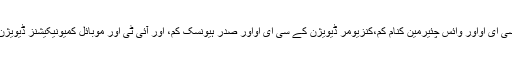
اس سنگ میل کی یاد منآنے کے لیے کمپنی کی ایگزیکٹیو ٹیم کے ممبران ڈیوائس سلوشنز ڈیویژن کے سی ای اواور وائس چئیرمین کنام کم،کنزیومر ڈیویژن کے سی ای اواور صدر ہیونسک کم، اور آئی ٹی اور موبائل کمیونیکیشنز ڈیویژن کے سی ای او اور صدر ڈونگ جن کوہ کے ساتھ کمپنی کے 400ملازمین نے تقریب میں شرکت کی۔